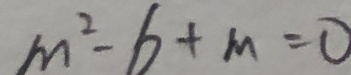
m ^ { 2 } - 6 + m = 0